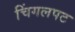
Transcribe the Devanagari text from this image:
चिंगलपट